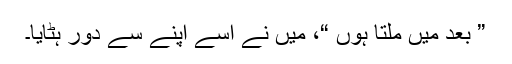
” بعد میں ملتا ہوں “، میں نے اسے اپنے سے دور ہٹایا۔